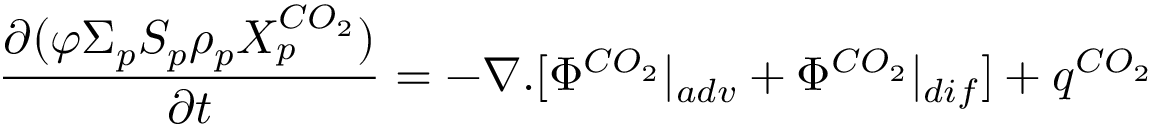
\frac { \partial ( \varphi \Sigma _ { p } S _ { p } \rho _ { p } X _ { p } ^ { C O _ { 2 } } ) } { \partial t } = - \nabla . [ \Phi ^ { C O _ { 2 } } | _ { a d v } + \Phi ^ { C O _ { 2 } } | _ { d i f } ] + q ^ { C O _ { 2 } }